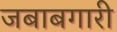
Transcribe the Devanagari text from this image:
जबाबगारी